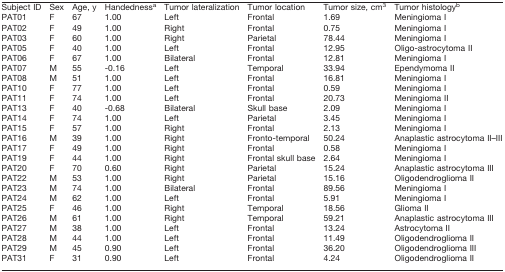
<table><thead><tr><td><b>Subject ID</b></td><td><b>Sex</b></td><td><b>Age, y</b></td><td><b>Handedness<sup>a</sup></b></td><td><b>Tumor lateralization</b></td><td><b>Tumor location</b></td><td><b>Tumor size, cm<sup>3</sup></b></td><td><b>Tumor histology<sup>b</sup></b></td></tr></thead><tbody><tr><td>PAT01</td><td>F</td><td>67</td><td>1.00</td><td>Left</td><td>Frontal</td><td>1.69</td><td>Meningioma I</td></tr><tr><td>PAT02</td><td>F</td><td>49</td><td>1.00</td><td>Right</td><td>Frontal</td><td>0.75</td><td>Meningioma I</td></tr><tr><td>PAT03</td><td>F</td><td>60</td><td>1.00</td><td>Right</td><td>Parietal</td><td>78.44</td><td>Meningioma I</td></tr><tr><td>PAT05</td><td>F</td><td>40</td><td>1.00</td><td>Left</td><td>Frontal</td><td>12.95</td><td>Oligo-astrocytoma II</td></tr><tr><td>PAT06</td><td>F</td><td>67</td><td>1.00</td><td>Bilateral</td><td>Frontal</td><td>12.81</td><td>Meningioma I</td></tr><tr><td>PAT07</td><td>M</td><td>55</td><td>-0.16</td><td>Left</td><td>Temporal</td><td>33.94</td><td>Ependymoma II</td></tr><tr><td>PAT08</td><td>M</td><td>51</td><td>1.00</td><td>Left</td><td>Frontal</td><td>16.81</td><td>Meningioma I</td></tr><tr><td>PAT10</td><td>F</td><td>77</td><td>1.00</td><td>Left</td><td>Frontal</td><td>0.59</td><td>Meningioma I</td></tr><tr><td>PAT11</td><td>F</td><td>74</td><td>1.00</td><td>Left</td><td>Frontal</td><td>20.73</td><td>Meningioma II</td></tr><tr><td>PAT13</td><td>F</td><td>40</td><td>-0.68</td><td>Bilateral</td><td>Skull base</td><td>2.09</td><td>Meningioma I</td></tr><tr><td>PAT14</td><td>F</td><td>74</td><td>1.00</td><td>Left</td><td>Parietal</td><td>3.45</td><td>Meningioma I</td></tr><tr><td>PAT15</td><td>F</td><td>57</td><td>1.00</td><td>Right</td><td>Frontal</td><td>2.13</td><td>Meningioma I</td></tr><tr><td>PAT16</td><td>M</td><td>39</td><td>1.00</td><td>Right</td><td>Fronto-temporal</td><td>50.24</td><td>Anaplastic astrocytoma II–III</td></tr><tr><td>PAT17</td><td>F</td><td>49</td><td>1.00</td><td>Right</td><td>Frontal</td><td>0.58</td><td>Meningioma I</td></tr><tr><td>PAT19</td><td>F</td><td>44</td><td>1.00</td><td>Right</td><td>Frontal skull base</td><td>2.64</td><td>Meningioma I</td></tr><tr><td>PAT20</td><td>F</td><td>70</td><td>0.60</td><td>Right</td><td>Parietal</td><td>15.24</td><td>Anaplastic astrocytoma III</td></tr><tr><td>PAT22</td><td>M</td><td>53</td><td>1.00</td><td>Right</td><td>Parietal</td><td>15.16</td><td>Oligodendroglioma II</td></tr><tr><td>PAT23</td><td>M</td><td>74</td><td>1.00</td><td>Bilateral</td><td>Frontal</td><td>89.56</td><td>Meningioma I</td></tr><tr><td>PAT24</td><td>M</td><td>62</td><td>1.00</td><td>Left</td><td>Frontal</td><td>5.91</td><td>Meningioma I</td></tr><tr><td>PAT25</td><td>F</td><td>46</td><td>1.00</td><td>Right</td><td>Temporal</td><td>18.56</td><td>Glioma II</td></tr><tr><td>PAT26</td><td>M</td><td>61</td><td>1.00</td><td>Right</td><td>Temporal</td><td>59.21</td><td>Anaplastic astrocytoma III</td></tr><tr><td>PAT27</td><td>M</td><td>38</td><td>1.00</td><td>Left</td><td>Frontal</td><td>13.24</td><td>Astrocytoma II</td></tr><tr><td>PAT28</td><td>M</td><td>44</td><td>1.00</td><td>Left</td><td>Frontal</td><td>11.49</td><td>Oligodendroglioma II</td></tr><tr><td>PAT29</td><td>M</td><td>45</td><td>0.90</td><td>Left</td><td>Frontal</td><td>36.20</td><td>Oligodendroglioma III</td></tr><tr><td>PAT31</td><td>F</td><td>31</td><td>0.90</td><td>Left</td><td>Frontal</td><td>4.24</td><td>Oligodendroglioma II</td></tr></tbody></table>